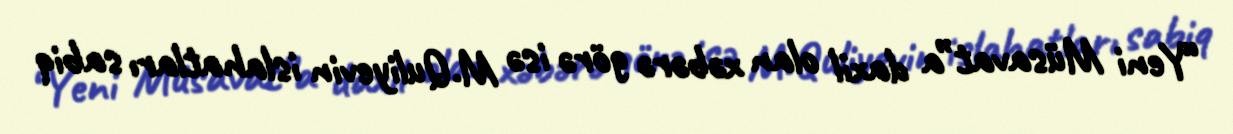
“Yeni Müsavat”a daxil olan xəbərə görə isə M.Quliyevin islahatları sabiq